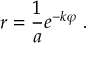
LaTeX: \; r = { \frac { 1 } { a } } e ^ { - k \varphi } \ .